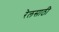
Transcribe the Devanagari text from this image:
रेलसाठी